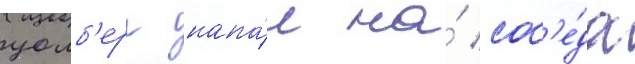
уолб'ерг напа́л на́ сос'е́да